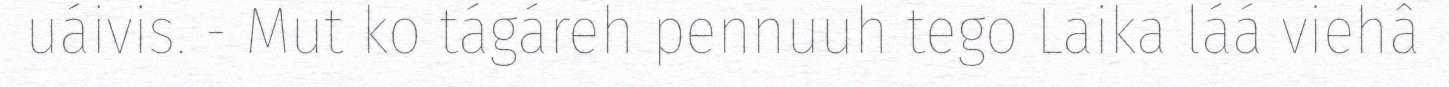
uáivis. - Mut ko tágáreh pennuuh tego Laika láá viehâ